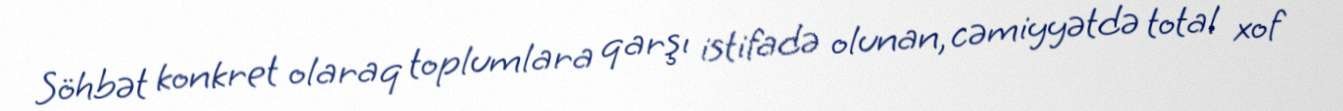
Söhbət konkret olaraq toplumlara qarşı istifadə olunan, cəmiyyətdə total xof